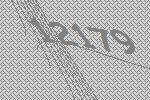
12179